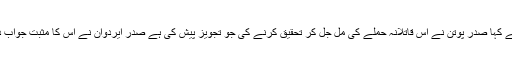
انھوں نے کہا صدر پوتن نے اس قاتلانہ حملے کی مل جل کر تحقیق کرنے کی جو تجویز پیش کی ہے صدر ایردوان نے اس کا مثبت جواب دیا ہے ۔